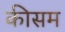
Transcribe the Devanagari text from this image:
कीसम